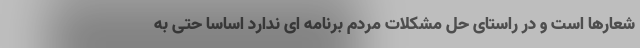
شعارها است و در راستای حل مشکلات مردم برنامه ای ندارد اساسا حتی به